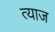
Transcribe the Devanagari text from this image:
त्याज